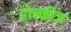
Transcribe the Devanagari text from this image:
होन्कीज